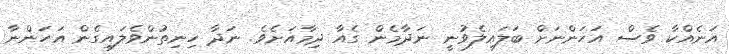
އަނެއްކާ ވެސް އަހަންނަށް ބަލައިލެވުނީ ނަދާމެން ގެއާ ދިމާއަށެވެ. ނަދާ ހިނިތުންވެލައިގެން އަހަންނާ